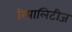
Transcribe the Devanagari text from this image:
रियालिटीज